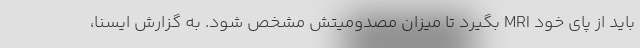
باید از پای خود MRI بگیرد تا میزان مصدومیتش مشخص شود. به گزارش ایسنا،